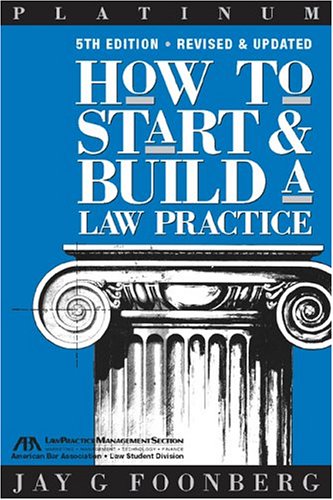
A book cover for How to Start & Build a Law Practice (Career Series / American Bar Association); Jay G. Foonberg; Business & Money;